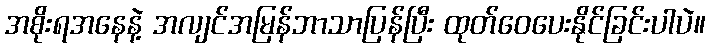
အစိုးရအနေနဲ့ အလျင်အမြန်ဘာသာပြန်ပြီး ထုတ်ဝေပေးနိုင်ခြင်းပါပဲ။